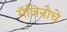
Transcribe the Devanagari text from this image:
मॅजिनोचे